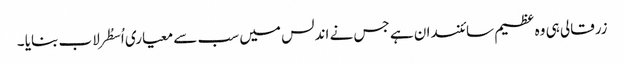
زرقالی ہی وہ عظیم سائنسدان ہے جس نے اندلس میں سب سے معیاری اُسطُرلاب بنایا ۔